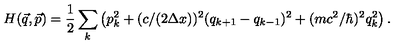
H ( \vec { q } , \vec { p } ) = { \frac { 1 } { 2 } } \sum _ { k } \left( p _ { k } ^ { 2 } + ( c / ( 2 \Delta x ) ) ^ { 2 } ( q _ { k + 1 } - q _ { k - 1 } ) ^ { 2 } + ( m c ^ { 2 } / \hbar ) ^ { 2 } q _ { k } ^ { 2 } \right) .